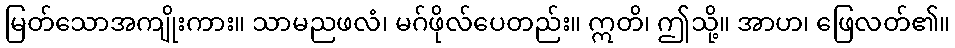
မြတ်သောအကျိုးကား။ သာမညဖလံ၊ မဂ်ဖိုလ်ပေတည်း။ ဣတိ၊ ဤသို့။ အာဟ၊ ဖြေလတ်၏။